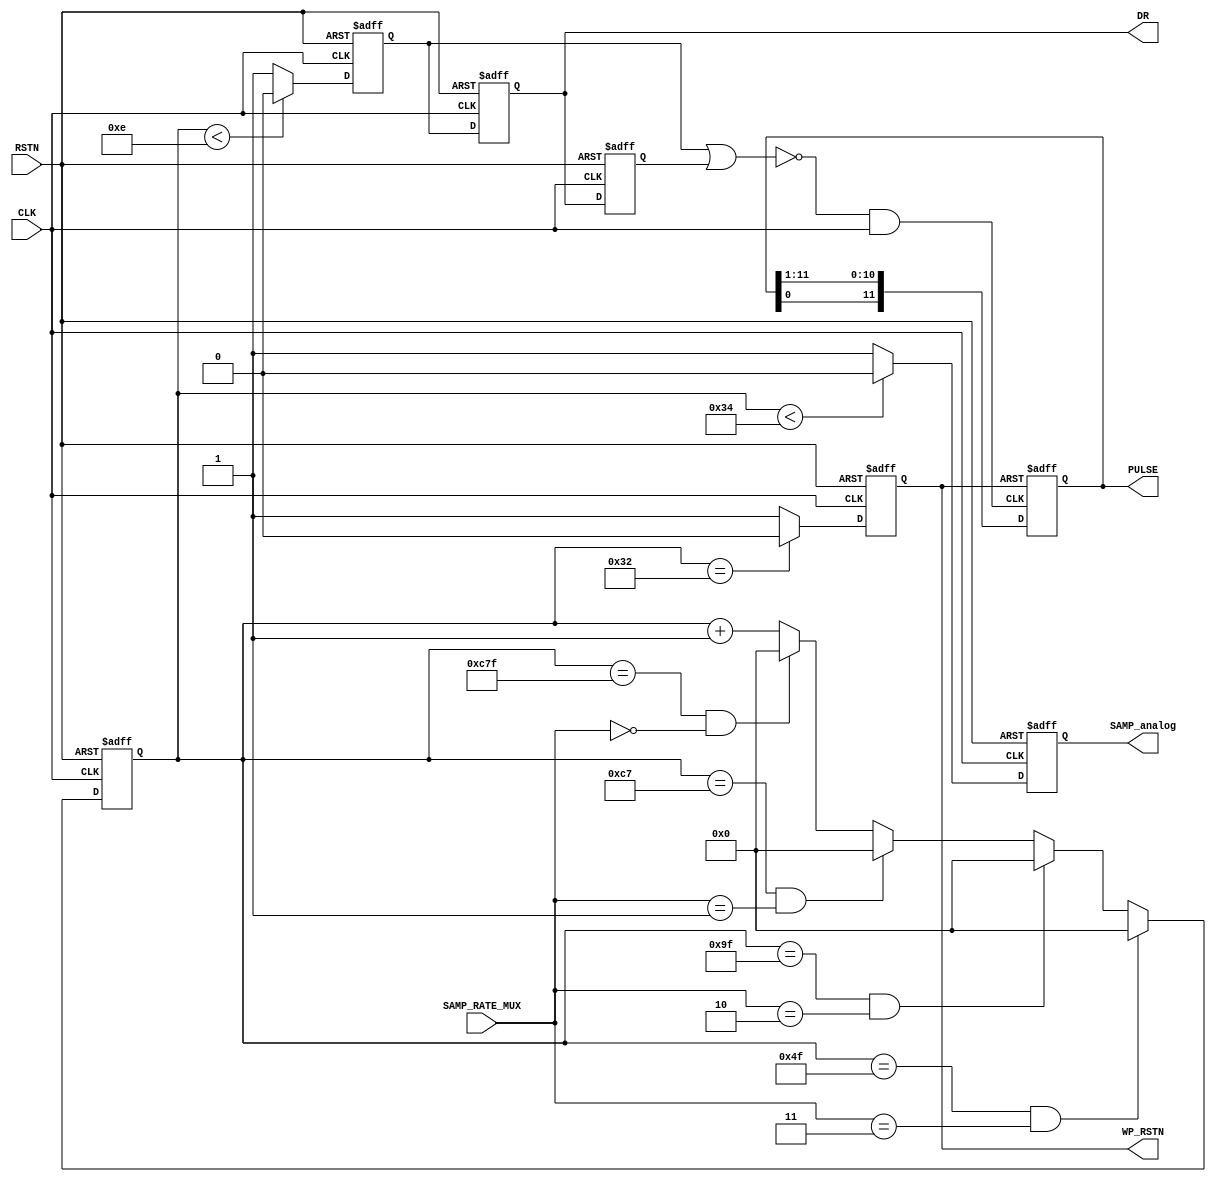
//Verilog HDL for "SJTU_SAR_ADC_12BIT_exlayout_ideal", "sar_adc_logic_12bit_v4_single_input_fs"
//"functional"
//20220718 power optimization test
//20220722 pulse use shift register 0
//20220725 revised clock gating logic
module sar_adc_logic_12bit_v4_single_input_fs_v2 ( CLK, RSTN, SAMP_analog,DR, 
        SAMP_RATE_MUX,  WP_RSTN, PULSE);
input CLK;
input RSTN;
input [1:0] SAMP_RATE_MUX;
output DR;
 reg SAMP;
//output [3:0] counter_out;
output reg WP_RSTN;
output reg SAMP_analog;
wire CLKADC;
output reg [11:0]PULSE;

wire CONV_START;

reg SAMP_1d;
reg SAMP_2d;
reg [11:0] counter;
assign DR = SAMP_1d;

assign CONV_START = !(SAMP | SAMP_2d);
assign CLKADC = CONV_START & CLK;

always @(posedge CLK or negedge RSTN)
  begin
     if(!RSTN)
	   begin
	    counter <= 0;
	   end

	 else if (counter == 79 && (SAMP_RATE_MUX==2'b11))
	   begin
	     counter <= 0;
       end

	 else if (counter == 159 && (SAMP_RATE_MUX==2'b10))
	   begin
	     counter <= 0;
       end

	 else if (counter == 199 && (SAMP_RATE_MUX==2'b01))
	   begin
	     counter <= 0;
       end

	 else if (counter == 3199 && (SAMP_RATE_MUX==2'b00))
	   begin
	     counter <= 0;
       end

     else 
        begin
            counter <= counter + 1;
        end  	   
  end

always@(negedge CLK or negedge RSTN)
  begin
    if(!RSTN)
	   begin

		 SAMP_1d <= 1'b1;
		 SAMP_2d <= 1'b1;		 		 
	   end
	 else    
            begin
			   SAMP_1d<=SAMP;
			   SAMP_2d<=SAMP_1d;
            end
  end   

always@(negedge CLK or negedge RSTN)
  begin
    if(!RSTN)
	   begin
		 SAMP	<=	1'b1;		 		 
	   end
	 else
	   begin		
	     if (counter < 14 )
            begin
                SAMP<=1'b0; 		      
           end 	
         else
            begin
			   SAMP<=1'b1;
            end
       end
  end   

always@(posedge CLK or negedge RSTN)
  begin
    if(!RSTN)
	   begin
		 SAMP_analog			<=	1'b1;		 		 
	   end
	 else begin
		 if (counter < 52 )
            begin
               SAMP_analog <=1'b0;               
           end
		else
            begin
               SAMP_analog<=1'b1;
            end 	
       end
  end 

always@(posedge CLK or negedge RSTN)
  begin
    if(!RSTN)
	   begin
		 WP_RSTN <= 1'b1;
	   end
	 else
	   begin	
		 if (counter == 50 )
            begin
                WP_RSTN <=	1'b0;               
           end
         else 
			begin
                WP_RSTN <=	1'b1;
			end				

       end
  end  

always@(posedge CLKADC or negedge WP_RSTN)
	begin
		if(!WP_RSTN)
	   begin
		 PULSE <= 12'b1111_1111_1110;
	   end
	 else
	   begin	
		 PULSE <= {PULSE[0],PULSE[11:1]};
       end
	end


endmodule